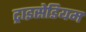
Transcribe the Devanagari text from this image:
ट्राइसेडियम